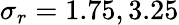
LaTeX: \sigma_{r}=1.75,3.25